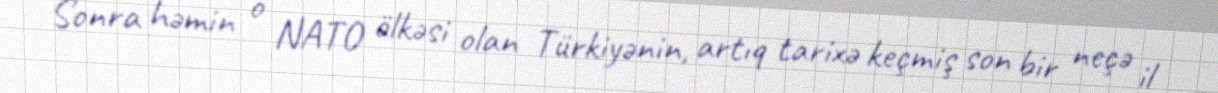
Sonra həmin o NATO ölkəsi olan Türkiyənin, artıq tarixə keçmiş son bir neçə il